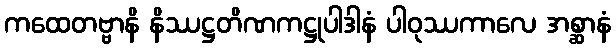
ကထေတဗ္ဗာနိ နိဿဋ္ဌတိဏကဋ္ဌုပါဒါနံ ပါဝုဿကာလေ အစ္ဆာနံ